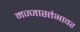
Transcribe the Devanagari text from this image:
मज्जास्तंभावर